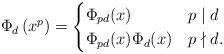
LaTeX: \begin{align*}\Phi_{d}\left( x^{p} \right) =\begin{cases}\Phi_{pd}(x) & p \mid d \\ \Phi_{pd}(x) \Phi_{d}(x) & p \nmid d. \end{cases}\end{align*}